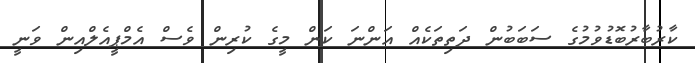
ކާރުބާރުބޮޑުވުމުގެ ސަބަބުން ދަތިތަކެއް އަންނަ ކަން މީގެ ކުރިން ވެސް އެމްޕީއެލްއިން ވަނީ